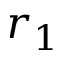
r _ { 1 }